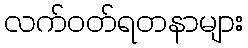
လက်ဝတ်ရတနာများ